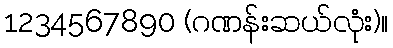
1234567890 (ဂဏန်းဆယ်လုံး)။